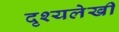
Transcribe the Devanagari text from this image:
दृश्यलेखी